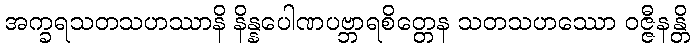
အက္ခရသတသဟဿာနိ နိန္နပေါဏပဗ္ဘာရစိတ္တေန သတသဟဿော ဝဇ္ဇီနန္တိ